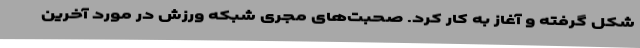
شکل گرفته و آغاز به کار کرد. صحبت‌های مجری شبکه ورزش در مورد آخرین